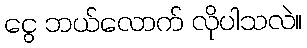
ငွေ ဘယ်လောက် လိုပါသလဲ။